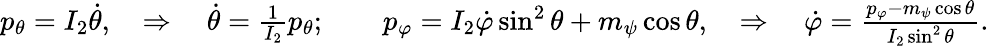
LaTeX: \begin{array}{r}{p_{\theta}=I_{2}\dot{\theta},\quad\Rightarrow\quad\dot{\theta}=\frac{1}{I_{2}}p_{\theta};\qquad p_{\varphi}=I_{2}\dot{\varphi}\sin^{2}\theta+m_{\psi}\cos\theta,\quad\Rightarrow\quad\dot{\varphi}=\frac{p_{\varphi}-m_{\psi}\cos\theta}{I_{2}\sin^{2}\theta}.}\end{array}